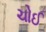
ચોઈ